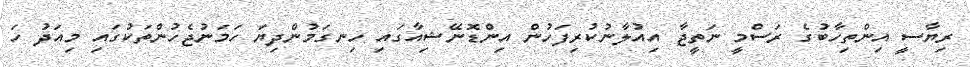
ރިޔާސީ އިންތިހާބުގެ ރަސްމީ ނަތީޖާ އިއުލާނުކުރިފަހުން އިންޑޮނޭޝިއާގައި ހިނގަމުންދިޔަ ހަމަނުޖެހުންތަކުގައި މިއަދު ހަ